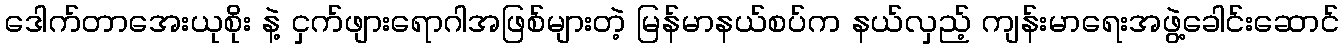
ဒေါက်တာအေးယုစိုး နဲ့ ငှက်ဖျားရောဂါအဖြစ်များတဲ့ မြန်မာနယ်စပ်က နယ်လှည့် ကျန်းမာရေးအဖွဲ့ခေါင်းဆောင်